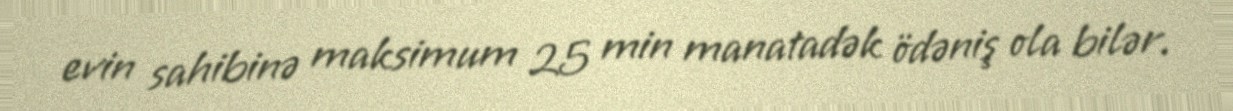
evin sahibinə maksimum 25 min manatadək ödəniş ola bilər.